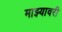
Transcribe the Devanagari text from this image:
माझ्यावरी